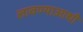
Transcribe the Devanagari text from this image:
लावण्‍याआधी